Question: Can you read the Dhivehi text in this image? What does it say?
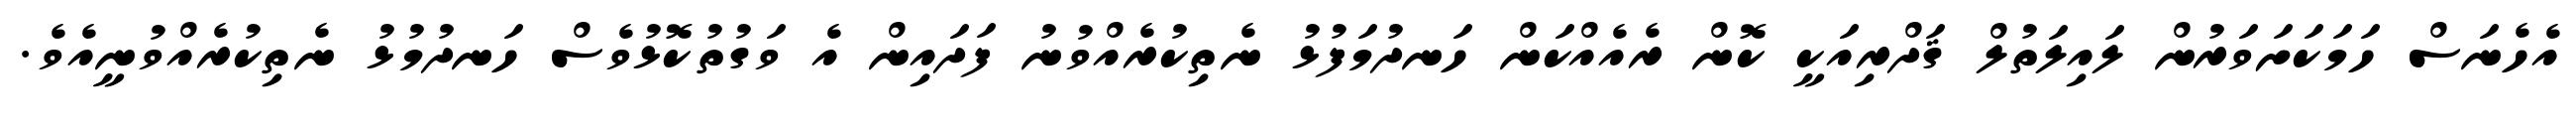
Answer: އެހެނަސް ހަމަކަށަވަރުން ލައިލަތުލް ޤަދްރިއަކީ ކޮން ރެއެއްކަން ހަނދުމަފުޅު ނެތިކުރެއްވުނު ފަދައިން އެ ވަގުތުކޮޅުވެސް ހަނދުމުޅު ނެތިކުރެއްވުނީއެވެ.